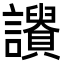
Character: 𧭾